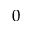
0